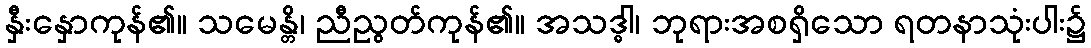
နှီးနှောကုန်၏။ သမေန္တိ၊ ညီညွတ်ကုန်၏။ အသဒ္ဓါ၊ ဘုရားအစရှိသော ရတနာသုံးပါး၌